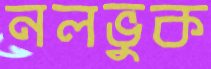
নলভুক